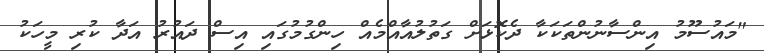
"މައުސޫމު އިންސާނުންތަކަކާ ދެކޮޅަށް ގަތުލުއާއްމެއް ހިންގުމުގައި އިސް ދައުރު އަދާ ކުރި މީހަކު